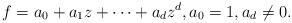
LaTeX: \begin{gather*}f=a_0+a_1z+\dots+a_dz^d,a_0=1,a_d\ne 0.\end{gather*}